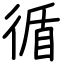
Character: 循